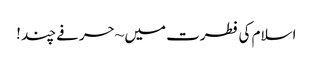
اسلام کی فطرت میں ~ حرفے چند !